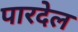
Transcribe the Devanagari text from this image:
पारदेल